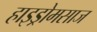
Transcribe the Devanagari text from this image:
हाइड्रोमसाज